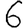
Digit: 6